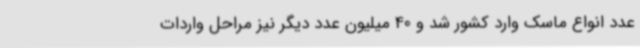
عدد انواع ماسک وارد کشور شد و 40 میلیون عدد دیگر نیز مراحل واردات